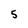
Character: 5